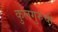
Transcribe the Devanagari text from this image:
कुलगुरुंची